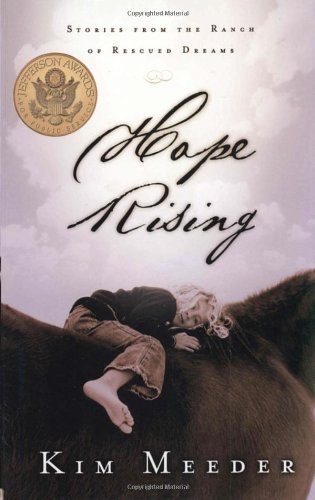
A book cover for Hope Rising: Stories from the Ranch of Rescued Dreams; Kim Meeder; Politics & Social Sciences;